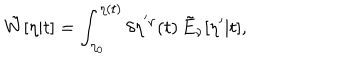
\tilde { W } [ \eta | t ] = \int _ { \eta _ { 0 } } ^ { \eta ( t ) } \delta \eta ^ { ' \nu } ( t ) \, \tilde { E } _ { \nu } [ \eta ^ { \prime } | t ] ,